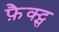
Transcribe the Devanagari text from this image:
फ़ैक्ट्स